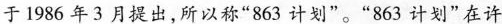
于1986年3月提出，所以称”863计划”。”863计划”在许